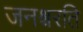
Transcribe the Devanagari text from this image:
जनश्चरति